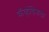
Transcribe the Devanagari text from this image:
कॅव्हेंडिशला